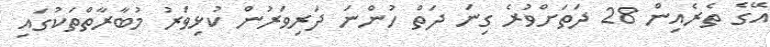
އޭގެ ތެރެއިން 28 ދަތަށްވުރެ ގިނަ ދަތް ހުންނަ ދަރިވަރުން ކުޅިވަރު މުބާރާތްތަކުގައި